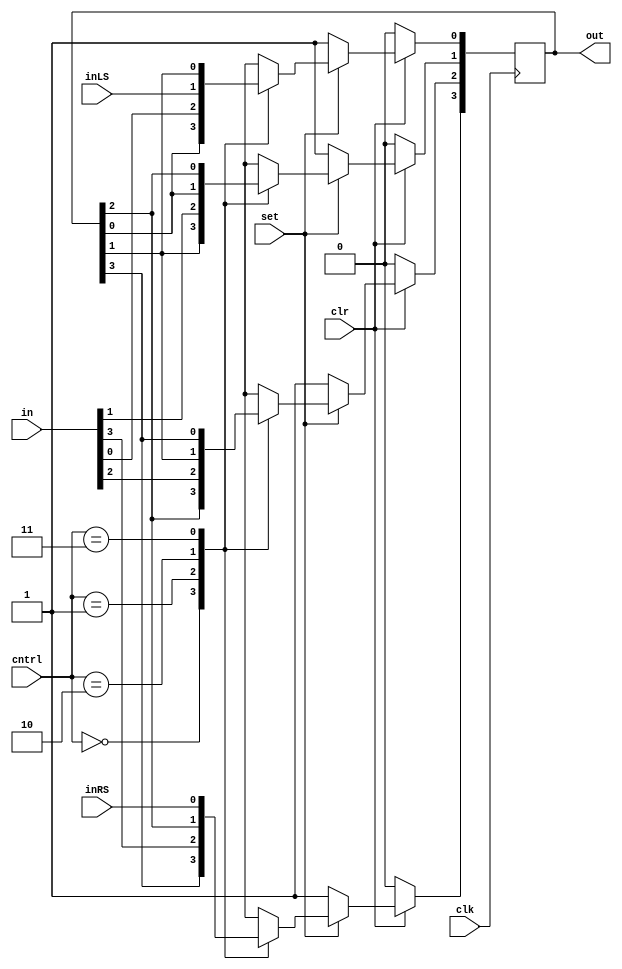
`timescale 1ns / 1ps
//////////////////////////////////////////////////////////////////////////////////
// Company: University of Kentucky
// 
// Design Name: 
// Module Name:    LD_ST_ShiftReg 
// Project Name: 
// Target Devices: 
// Tool versions: 
// Description: 
//
// Dependencies: 
//
// Revision: 
// Revision 0.01 - File Created
// Additional Comments: 
//
//////////////////////////////////////////////////////////////////////////////////
module LD_ST_ShiftReg(out, cntrl, inLS, inRS, set, clr, clk, in);
	parameter n=4;
	input inLS, inRS, set, clr, clk;
	input [1:0] cntrl;
	input [n-1:0] in;
	output reg [n-1:0] out;
	integer i = 0;
	
	always@ (posedge clk)
	begin
		if(~clr) out <= 0;
		else if(~set) begin
			for(i = 0; i<n; i=i+1)
			begin
				out[i] <= 1'b1;
			end			
		end
		else
		begin
			case(cntrl)
				2'b00: begin // Store
					out <= out;
				end
				2'b01: begin // Load in parallel
					out <= in;
				end
				2'b10: begin // Left shift one bit
					out <= out << 1;
					out[0] <= inLS;
				end
				2'b11: begin // Right shift one bit
					out <= out >> 1;
					out[n-1] <= inRS;
				end
			endcase
		end
	end

endmodule